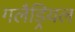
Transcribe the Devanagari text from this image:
गलैड्रियल